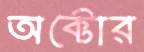
অক্টোর